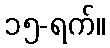
၁၅-ရက်။